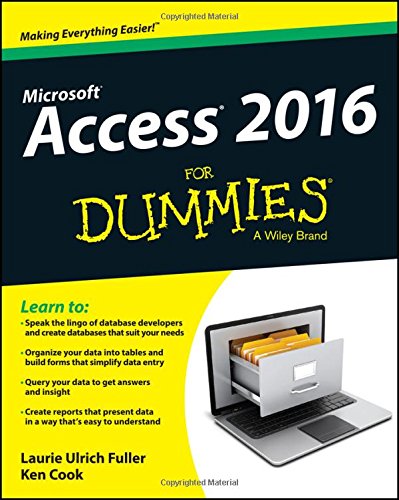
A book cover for Access 2016 For Dummies (Access for Dummies); Laurie Ulrich Fuller; Computers & Technology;